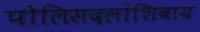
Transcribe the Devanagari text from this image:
पोलिसदलांशिवाय